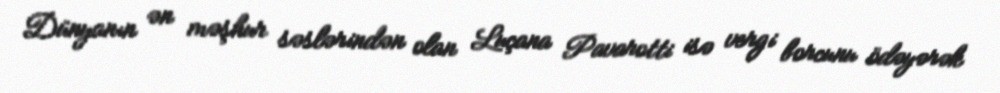
Dünyanın ən məşhur səslərindən olan Luçana Pavarotti isə vergi borcunu ödəyərək